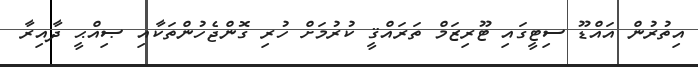
އިތުރުން އައްޑޫ ސިޓީގައި ޓޫރިޒަމް ތަރައްޤީ ކުރުމަށް ހުރި ގޮންޖެހުންތަކާއި ޞިއްޙީ ދާއިރާ